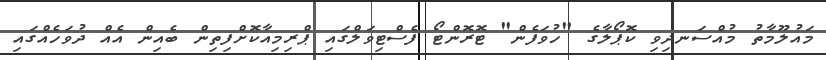
މައުލޫމާތު މުއްސަނދިވި ކޮޕޯލާގެ "ހުވަފެން" ޓޮރޮންޓޯ ފެސްޓިވަލްގައި ޕްރިމިއާކޮށްފިތިން ބެއިން އެއް ދުވަހެއްގައި